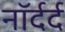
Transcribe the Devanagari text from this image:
नॉर्दर्द